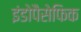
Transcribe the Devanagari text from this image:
इंडोपैसेफिक